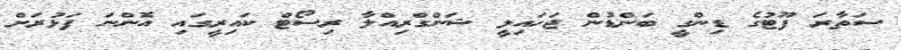
ސަތާރަ ފޫޓުގެ ޑިންގީ ބަންޑުން ޖަހައިލީ ޝަންގްރިއްލާ ރިސޯޓް ކައިރީގައި އޮންނަ ފަޅުރަށް